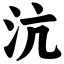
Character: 沆